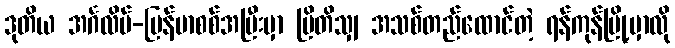
ဒုတိယ အင်္ဂလိပ်-မြန်မာစစ်အပြီးမှာ ဗြိတိသျှ အသစ်တည်ထောင်တဲ့ ရန်ကုန်မြို့မှာလို